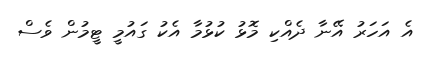
އެ އަހަރު އޭނާ ދެއްކި މޮޅު ކުޅުމާ އެކު ގައުމީ ޓީމުން ވެސް